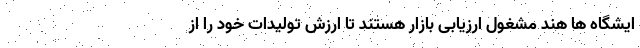
ایشگاه ها هند مشغول ارزیابی بازار هستند تا ارزش تولیدات خود را از